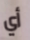
أي